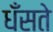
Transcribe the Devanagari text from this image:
धँसते